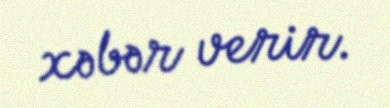
xəbər verir.